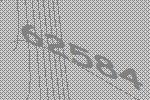
62584